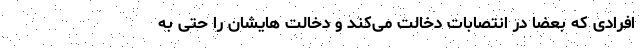
افرادی که بعضا در انتصابات دخالت می‌کند و دخالت هایشان را حتی به